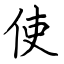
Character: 使